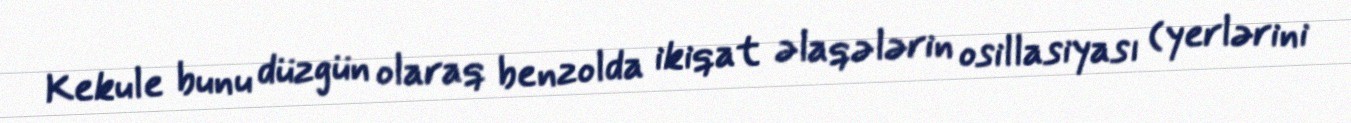
Kekule bunu düzgün olaraq benzolda ikiqat əlaqələrin osillasiyası (yerlərini